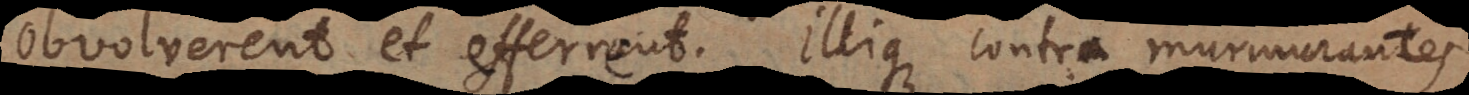
obvolverent et efferrent. Illique contra murmurantes